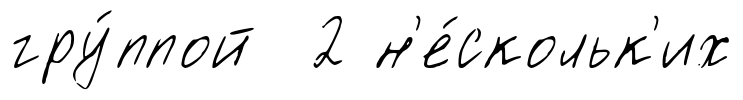
гру́ппой 2 н'е́скольк'их